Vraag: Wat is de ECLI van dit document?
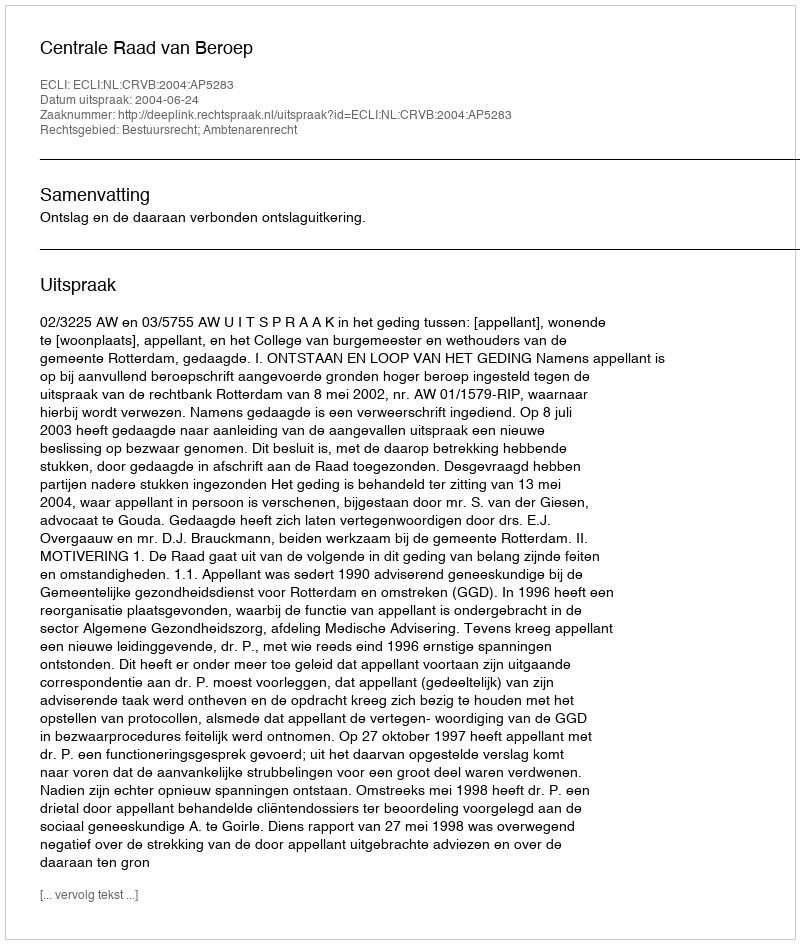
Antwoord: ECLI:NL:CRVB:2004:AP5283